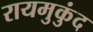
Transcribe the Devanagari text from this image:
रायमुकुंद